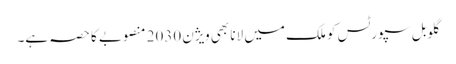
گلوبل سپورٹس کو ملک میں لانا بھی ویژن 2030 منصوبے کا حصہ ہے۔